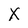
Character: X